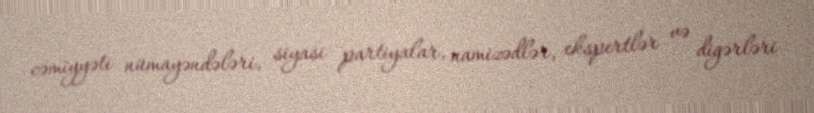
cəmiyyəti nümayəndələri, siyasi partiyalar, namizədlər, ekspertlər və digərləri